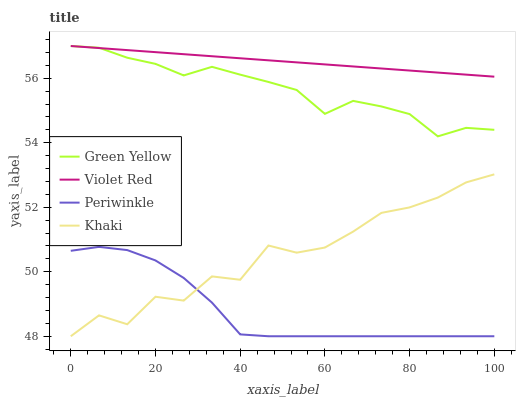
| xaxis_label | Green Yellow | Violet Red | Periwinkle | Khaki |
 | --- | --- | --- | --- | --- |
 | 0 | 57 | 57 | 50.6 | 48 |
 | 6.67 | 56.9 | 56.9 | 50.8 | 48.6 |
 | 13.3 | 56.6 | 56.9 | 50.7 | 48.4 |
 | 20 | 56.4 | 56.8 | 50.4 | 49.2 |
 | 26.7 | 56.1 | 56.7 | 49.8 | 49.1 |
 | 33.3 | 56.4 | 56.7 | 49 | 49.9 |
 | 40 | 56.1 | 56.6 | 48.1 | 49.8 |
 | 46.7 | 55.9 | 56.6 | 48 | 50.8 |
 | 53.3 | 55.6 | 56.5 | 48 | 50.6 |
 | 60 | 54.9 | 56.4 | 48 | 50.8 |
 | 66.7 | 55.3 | 56.4 | 48 | 51.2 |
 | 73.3 | 55.1 | 56.3 | 48 | 51.8 |
 | 80 | 54.9 | 56.2 | 48 | 52 |
 | 86.7 | 54.2 | 56.2 | 48 | 52.3 |
 | 93.3 | 54.5 | 56.1 | 48 | 52.8 |
 | 100 | 54.4 | 56 | 48 | 53 |